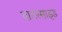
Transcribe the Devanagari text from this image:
वाटरसाइड